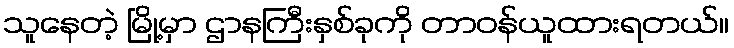
သူနေတဲ့ မြို့မှာ ဌာနကြီးနှစ်ခုကို တာဝန်ယူထားရတယ်။